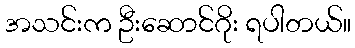
အသင်းက ဦးဆောင်ဂိုး ရပါတယ်။